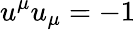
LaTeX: u^{\mu}u_{\mu}=-1